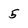
Character: 5